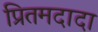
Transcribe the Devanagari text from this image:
प्रितमदादा